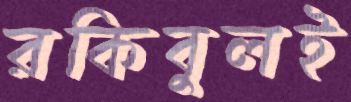
রকিবুলই